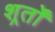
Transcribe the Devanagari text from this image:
शर्र्तों